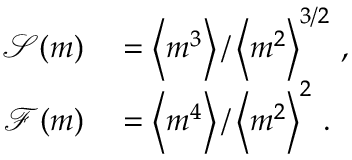
\begin{array} { r l } { \mathcal { S } ( m ) } & { { } = \left< m ^ { 3 } \right> / \left< m ^ { 2 } \right> ^ { 3 / 2 } \, , } \\ { \mathcal { F } ( m ) } & { { } = \left< m ^ { 4 } \right> / \left< m ^ { 2 } \right> ^ { 2 } \, . } \end{array}